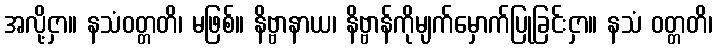
အလို့ငှာ။ နသံဝတ္တတိ၊ မဖြစ်။ နိဗ္ဗာနာယ၊ နိဗ္ဗာန်ကိုမျက်မှောက်ပြုခြင်းငှာ။ နသံ ဝတ္တတိ၊